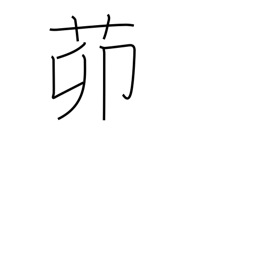
Meaning: yard